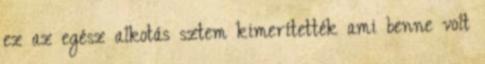
ez az egész alkotás sztem kimerítették ami benne volt